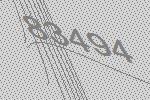
83494